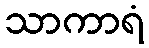
သာကာရံ